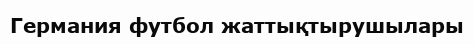
Германия футбол жаттықтырушылары